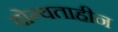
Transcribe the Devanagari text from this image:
योग्यताहीन